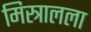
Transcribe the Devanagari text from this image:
मिस्त्रालला